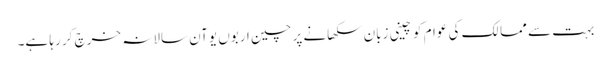
بہت سے ممالک کی عوام کو چینی زبان سکھانے پر چین اربوں یوآن سالانہ خرچ کر رہا ہے۔